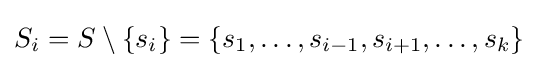
S_{i}=S\setminus \{s_{i}\}=\{s_{1},\ldots ,s_{i-1},s_{i+1},\ldots ,s_{k}\}